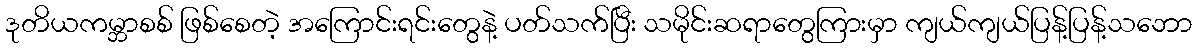
ဒုတိယကမ္ဘာစစ် ဖြစ်စေတဲ့ အကြောင်းရင်းတွေနဲ့ ပတ်သက်ပြီး သမိုင်းဆရာတွေကြားမှာ ကျယ်ကျယ်ပြန့်ပြန့်သဘော